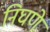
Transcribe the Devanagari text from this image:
निघणे